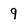
Character: 9